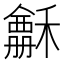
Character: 𥣃